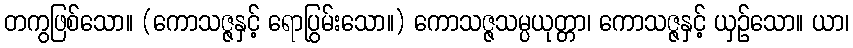
တကွဖြစ်သော။ (ကောသဇ္ဇနှင့် ရောပြွမ်းသော။) ကောသဇ္ဇသမ္ပယုတ္တာ၊ ကောသဇ္ဇနှင့် ယှဉ်သော။ ယာ၊